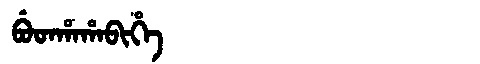
Manchu: ᠪᡠᡨᡥᠠᡥᠠᠪᡳᡥᡝ
Romanization: BUTHAHABIHE